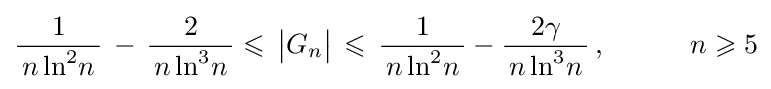
{\frac {\,1\,}{\,n\ln ^{2}\!n\,}}\,-\,{\frac {\,2\,}{\,n\ln ^{3}\!n\,}}\leqslant \,{\big |}G_{n}{\big |}\,\leqslant \,{\frac {\,1\,}{\,n\ln ^{2}\!n\,}}-{\frac {\,2\gamma \,}{\,n\ln ^{3}\!n\,}}\,,\qquad \quad n\geqslant 5